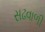
સઢવાળી